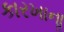
કારખાનાૢ